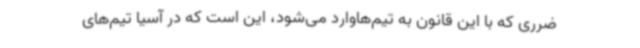
ضرری که با این قانون به تیم‌هاوارد می‌شود، این است که در آسیا تیم‌های